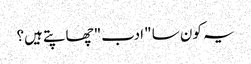
یہ کون سا "ادب" چھاپتے ہیں؟